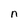
Character: n